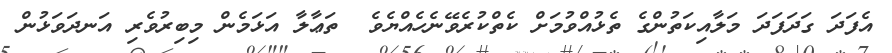
އެފަދަ ގަދަފަދަ މަލާއިކަތުންގެ ތެޅުއްވުމަށް ކެތްކުރެވޭނެހެއްޔެވެ  ތަޢާލާ އަޅަމެން މިބިރުވެރި އަނދަވަޅުން